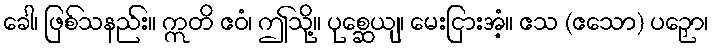
ခေါ၊ ဖြစ်သနည်း။ ဣတိ ဧဝံ၊ ဤသို့။ ပုစ္ဆေယျ၊ မေးငြားအံ့။ ဧသ (ဧသော) ပဉှော၊